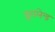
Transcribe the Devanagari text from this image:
इंगलेन्ड